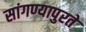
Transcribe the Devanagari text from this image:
सांगण्यापुरते